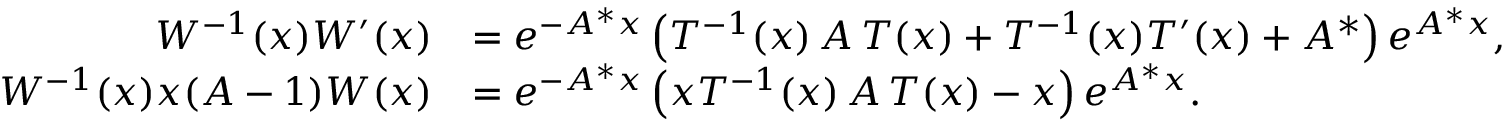
\begin{array} { r l } { W ^ { - 1 } ( x ) W ^ { \prime } ( x ) } & { = e ^ { - A ^ { \ast } x } \left( { T } ^ { - 1 } ( x ) \, A \, T ( x ) + T ^ { - 1 } ( x ) T ^ { \prime } ( x ) + A ^ { \ast } \right) e ^ { A ^ { \ast } x } , } \\ { W ^ { - 1 } ( x ) x ( A - 1 ) W ( x ) } & { = e ^ { - A ^ { \ast } x } \left( x T ^ { - 1 } ( x ) \, A \, T ( x ) - x \right) e ^ { A ^ { \ast } x } . } \end{array}